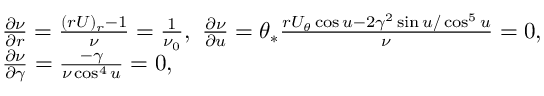
\begin{array} { r l } & { \frac { \partial \nu } { \partial r } = \frac { ( r U ) _ { r } - 1 } { \nu } = \frac { 1 } { \nu _ { 0 } } , \ \frac { \partial \nu } { \partial u } = \theta _ { * } \frac { r U _ { \theta } \cos u - 2 \gamma ^ { 2 } \sin u / \cos ^ { 5 } u } { \nu } = 0 , \ } \\ & { \frac { \partial \nu } { \partial \gamma } = \frac { - \gamma } { \nu \cos ^ { 4 } u } = 0 , } \end{array}